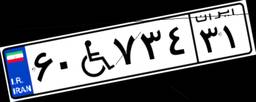
۶۰W۷۳۴۳۱